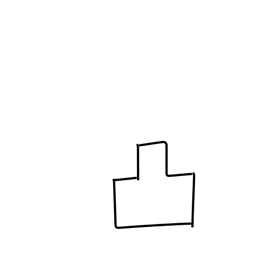
Meaning: convex